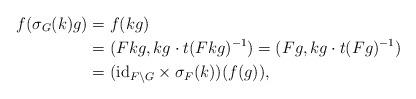
LaTeX: \begin{align*}f(\sigma_G(k)g)&=f(kg) \\&=(Fkg, kg \cdot t(Fkg)^{-1})=(Fg, kg\cdot t(Fg)^{-1}) \\&=({\mathrm{id}}_{F\backslash G}\times \sigma_F(k))(f(g)),\end{align*}